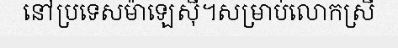
នៅប្រទេសម៉ាឡេស៊ី។សម្រាប់លោកស្រី